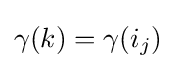
\gamma (k)=\gamma (i_{j})